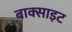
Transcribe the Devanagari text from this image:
बाक्‍साइट